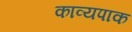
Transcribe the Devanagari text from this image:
काव्यपाक